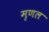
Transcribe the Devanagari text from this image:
मृणल